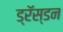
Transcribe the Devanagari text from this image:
ड्रॅस्डन